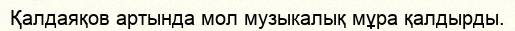
Қалдаяқов артында мол музыкалық мұра қалдырды.